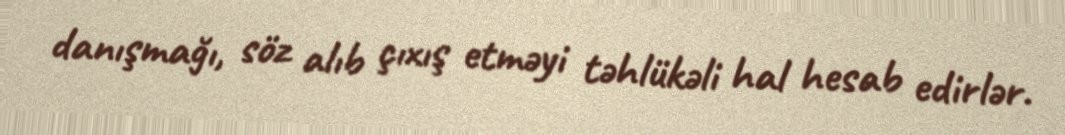
danışmağı, söz alıb çıxış etməyi təhlükəli hal hesab edirlər.